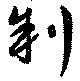
制